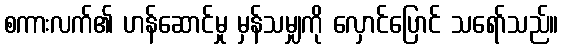
စကားလက်၏ ဟန်ဆောင်မှု မှန်သမျှကို လှောင်ပြောင် သရော်သည်။